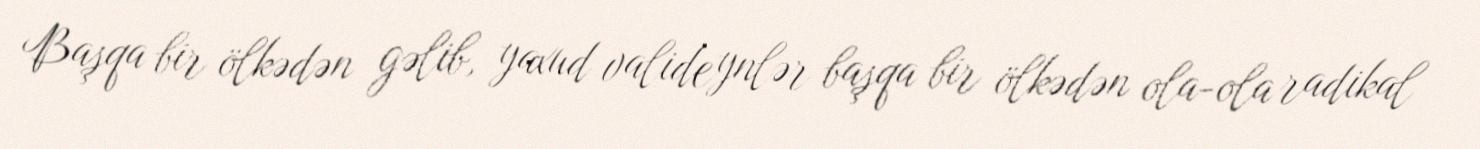
Başqa bir ölkədən gəlib, yaxud valideynlər başqa bir ölkədən ola-ola radikal